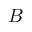
B